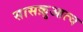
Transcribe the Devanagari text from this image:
सासक़ुआत्च